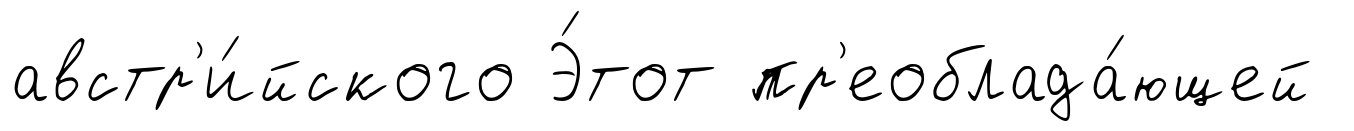
австр'и́йского Э́тот пр'еоблада́ющей